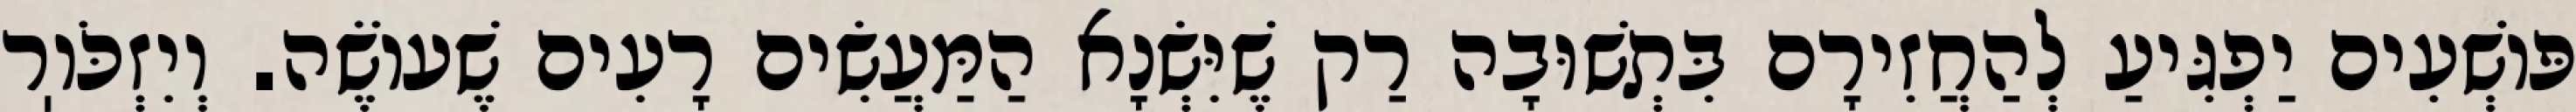
פּוֹשְׁעִים יַפְגִּיעַ לְהַחֲזִירָם בִּתְשׁוּבָה רַק שֶׁיִּשְׂנָא הַמַּעֲשִׂים רָעִים שֶׁעוֹשֶׂה. וְיִזְכֹּוֽר